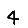
Digit: 4